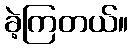
ခဲ့ကြတယ်။